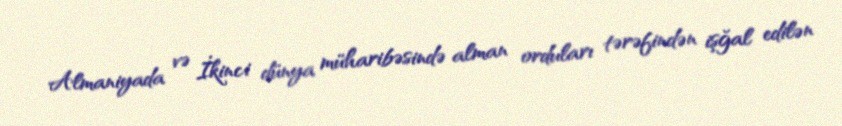
Almaniyada və İkinci dünya müharibəsində alman orduları tərəfindən işğal edilən